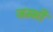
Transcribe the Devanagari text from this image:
जम्भी